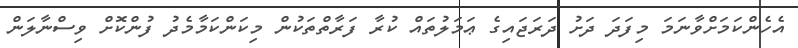
އެހެންކަމަށްވާނަމަ މިފަދަ ދަށު ދަރަޖައިގެ ޢަމަލުތައް ކުރާ ފަރާތްތަކުން މިކަންކަމާމެދު ފުންކޮށް ވިސްނާލަން